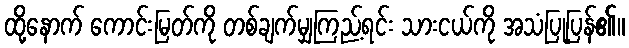
ထို့နောက် ကောင်းမြတ်ကို တစ်ချက်မျှကြည့်ရင်း သားငယ်ကို အသံပြုပြန်၏။